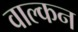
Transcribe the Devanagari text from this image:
वाल्कन